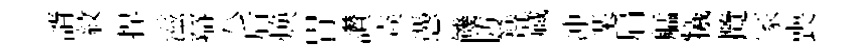
諝紋捍滋辯八后焕胃讚猋慿饑防簮蔵冲楽肩艋犧攬冡喪